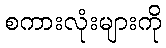
စကားလုံးများကို